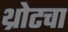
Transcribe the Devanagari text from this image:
थ्रोटचा